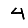
Digit: 4